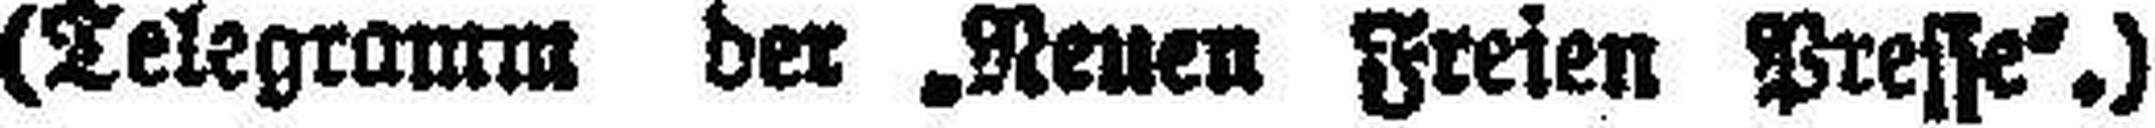
(Telegramm der „Neuen Freien Presse“.)